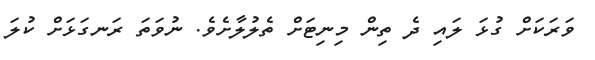
ވަރަކަށް ގުޅަ ލައި ދެ ތިން މިނިޓަށް ތެލުލާށެވެ. ނުވަތަ ރަނގަޅަށް ކުލަ